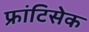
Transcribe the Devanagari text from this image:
फ्रांटिसेक